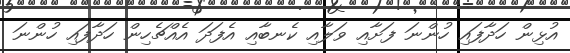
އުޅިން ހަދާފައި ހުންނަ ފަށާއި ވަލާއި ކެނބާއި އެފަދަ އެއްޗެހިން ހަދާފައި ހުންނަ